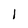
Character: I